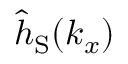
{ \hat { h } } _ { \mathrm { S } } ( { k _ { x } } )